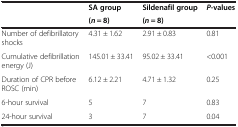
| <ROWSPAN=2>  | SA group | Sildenafil group | <ROWSPAN=2> P-values |
 | (n = 8) | (n = 8) |
 | --- | --- | --- | --- |
 | Number of defibrillatory shocks | 4.31 ± 1.62 | 2.91 ± 0.83 | 0.81 |
 | Cumulative defibrillation energy (J) | 145.01 ± 33.41 | 95.02 ± 33.41 | <0.001 |
 | Duration of CPR before ROSC (min) | 6.12 ± 2.21 | 4.71 ± 1.32 | 0.25 |
 | 6-hour survival | 5 | 7 | 0.83 |
 | 24-hour survival | 3 | 7 | 0.04 |